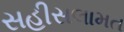
સહીસલામત